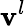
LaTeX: {\mathbf v}^{l}